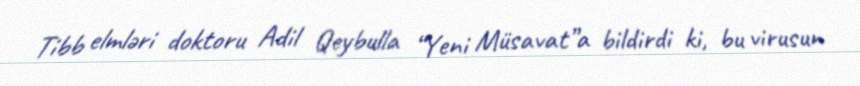
Tibb elmləri doktoru Adil Qeybulla “Yeni Müsavat”a bildirdi ki, bu virusun